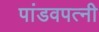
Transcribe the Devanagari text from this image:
पांडवपत्‍नी